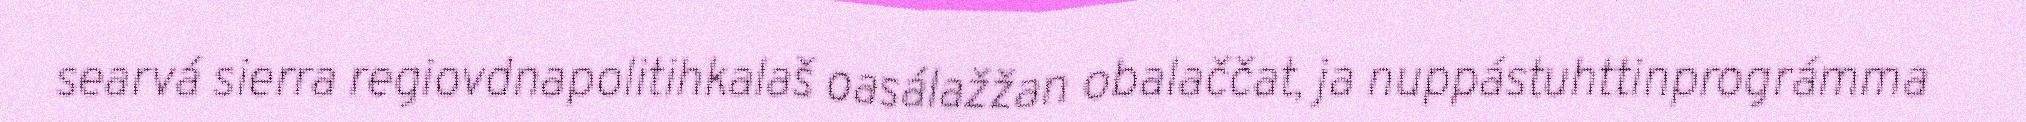
searvá sierra regiovdnapolitihkalaš oasálažžan obalaččat, ja nuppástuhttinprográmma